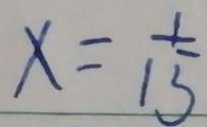
x = \frac { 1 } { 1 5 }